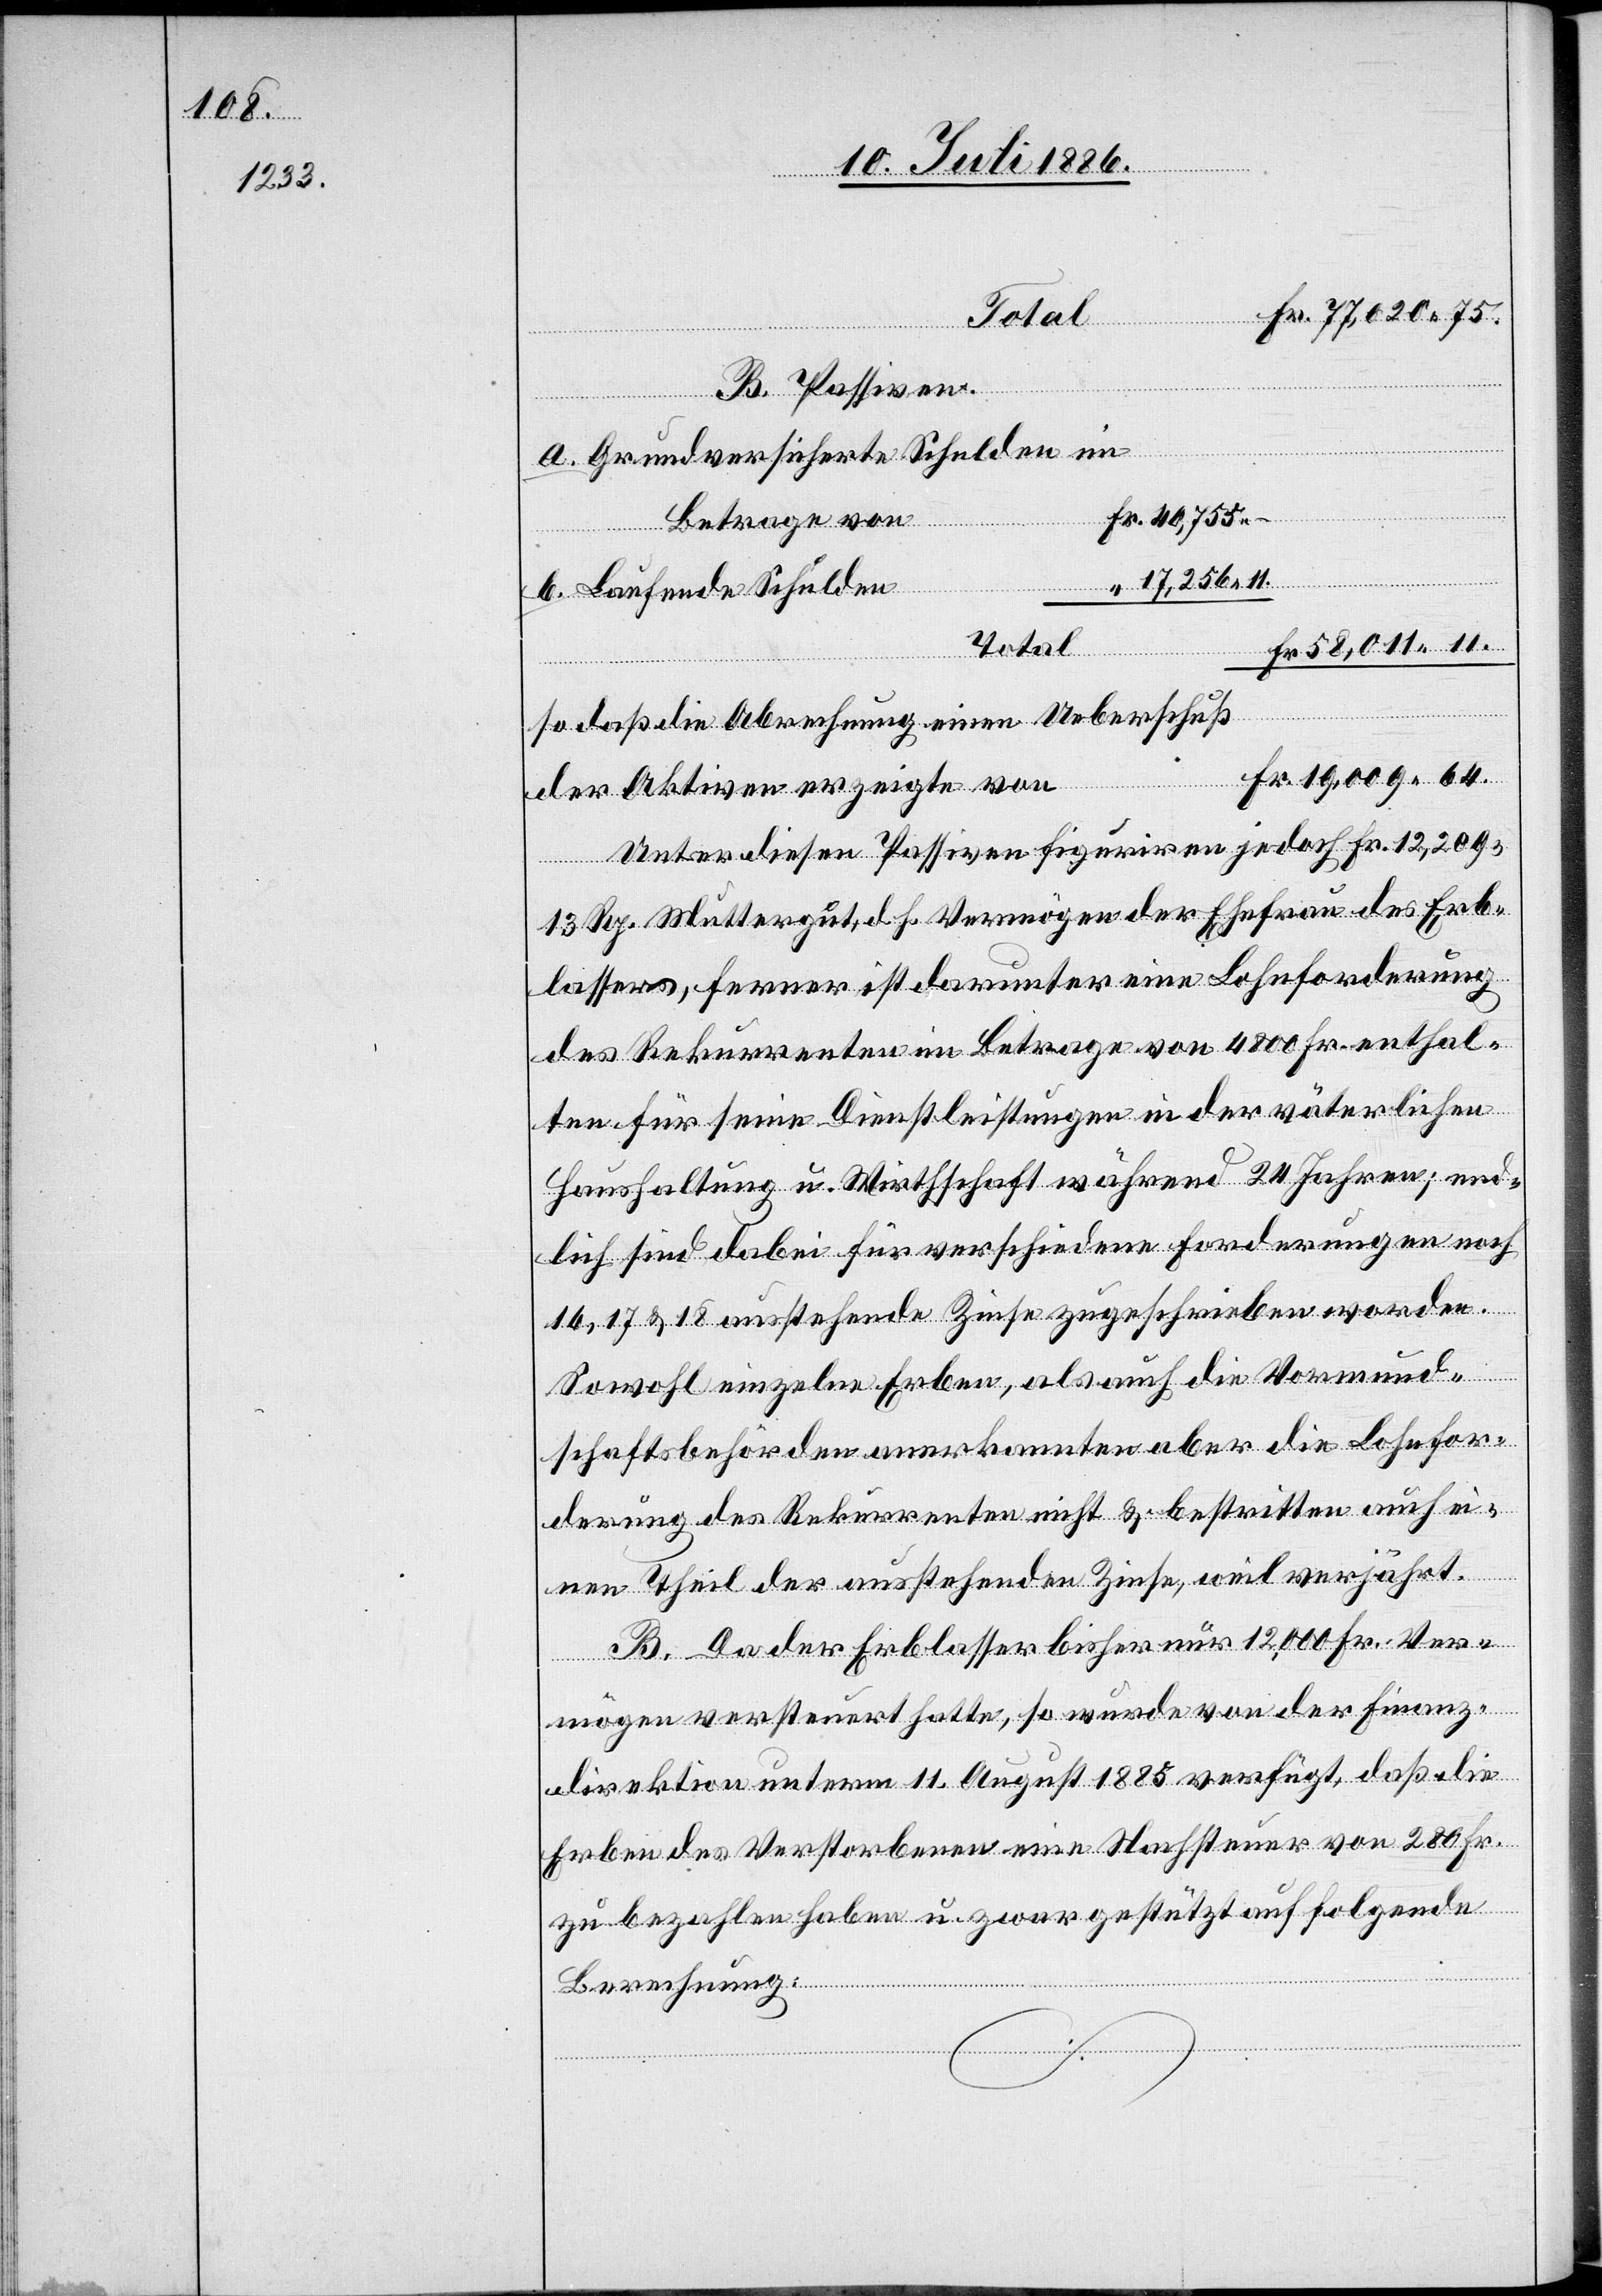
B. Passiven.
Grundversicherte Schulden im
Betrage von
64.
Laufende Schulden
Total
so daß die Abrechnung einen Ueberschuß
der Aktiven erzeigte von
Unter diesen Passiven [sic!] figuriren jedoch Fr. 12,209
13 Rp. Muttergut, d. h. Vermögen der Ehefrau des Erb¬
lassers, ferner ist darunter eine Lohnforderung
des Rekurrenten im Betrage von 4800 Fr. enthal¬
ten für seine Dienstleistungen in der väterlichen
Haushaltung u. Wirthschaft während 24 Jahren; end¬
lich sind dabei für verschiedene Forderungen noch
16, 17 & 18 anstehende Zinse zugeschrieben worden.
Sowohl einzelne Erben, als auch die Vormund¬
schaftsbehörden anerkannten aber die Lohnfor¬
derung des Rekurrenten nicht & bestritten auch ei¬
nen Theil der ausstehenden Zinse, weil verjährt.
B. Da der Erblasser bisher nur 12,000 Fr. Ver¬
mögen versteuert hatte, so wurde von der Finanz¬
direktion unterm 11. August 1885 verfügt, daß die
Erben des Verstorbenen eine Nachsteuer von 280 Fr.
zu bezahlen haben u. zwar gestützt auf folgende
Berechnung: